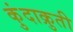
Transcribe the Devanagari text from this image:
कुंदाक्रुती